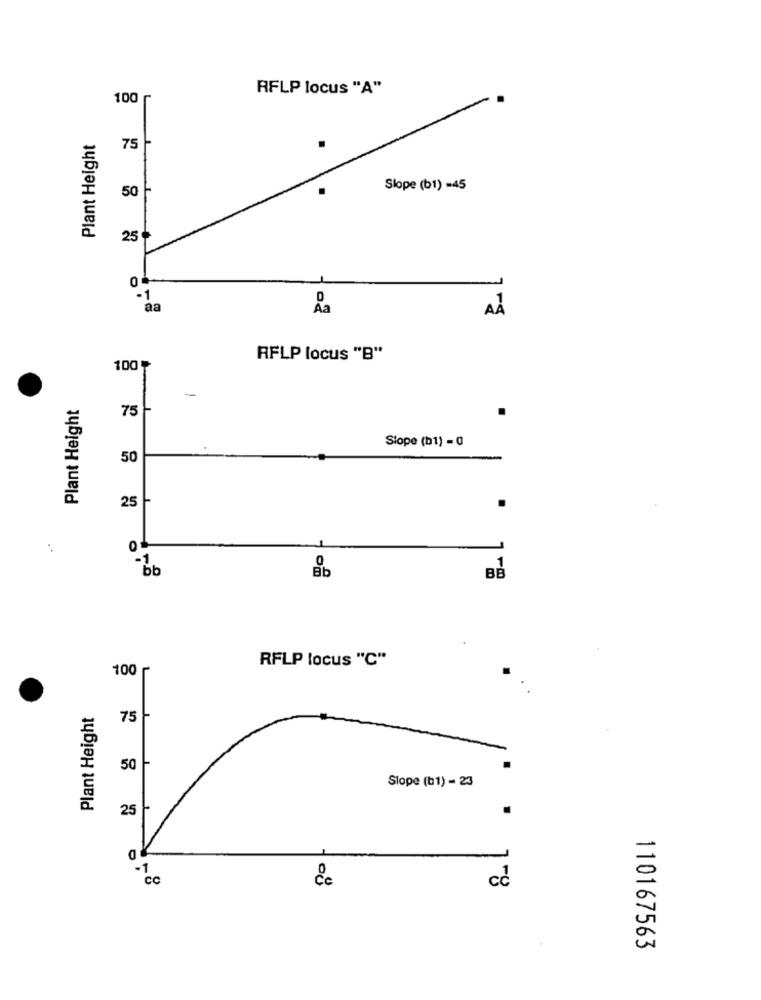
RFLP locus "A"
100
Plant Height
75
50
Slope (b1) =45
25
0
-1
aa
AÀ
RFLP locus "B"
100
Plant Height
75 +
Slope (b1) = 0
50
25 --
Bb
BB
RFLP locus "C"
100
Plant Height
75
50
Slope (b1) - 23
25 -
O
-1
cc
cc
110167563